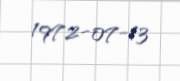
1972-07-13